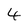
Character: 4